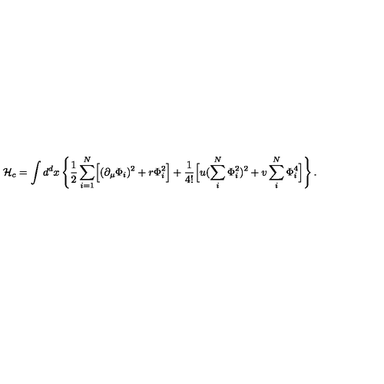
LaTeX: { \cal H } _ { c } = \int d ^ { d } x \left\{ { \frac { 1 } { 2 } } \sum _ { i = 1 } ^ { N } \Bigl [ ( \partial _ { \mu } \Phi _ { i } ) ^ { 2 } + r \Phi _ { i } ^ { 2 } \Bigr ] + { \frac { 1 } { 4 ! } } \Bigl [ u ( \sum _ { i } ^ { N } \Phi _ { i } ^ { 2 } ) ^ { 2 } + v \sum _ { i } ^ { N } \Phi _ { i } ^ { 4 } \Bigr ] \right\} .